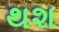
થશ